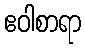
ဧဝါစာရာ